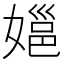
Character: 㜉